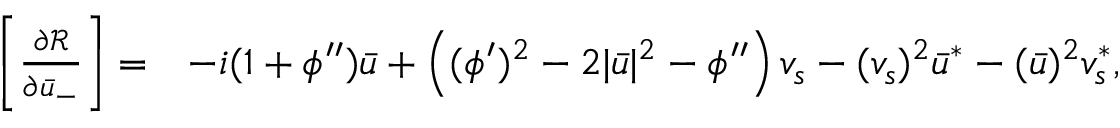
\begin{array} { r l } { \left[ \frac { \partial { \mathcal { R } } } { \partial \bar { u } _ { - } } \right] = } & { - i ( 1 + \phi ^ { \prime \prime } ) \bar { u } + \left( ( \phi ^ { \prime } ) ^ { 2 } - 2 | \bar { u } | ^ { 2 } - \phi ^ { \prime \prime } \right) v _ { s } - ( v _ { s } ) ^ { 2 } \bar { u } ^ { * } - ( \bar { u } ) ^ { 2 } v _ { s } ^ { * } , } \end{array}